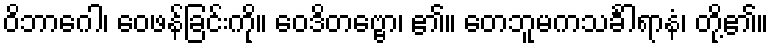
ဝိဘာဂေါ၊ ဝေဖန်ခြင်းကို။ ဝေဒိတဗ္ဗော၊ ၏။ တေဘူမကသင်္ခါရာနံ၊ တို့၏။